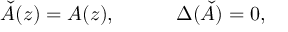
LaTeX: { \check { A } } ( z ) = A ( z ) , ~ ~ ~ ~ ~ ~ ~ ~ ~ \Delta ( \check { A } ) = 0 ,